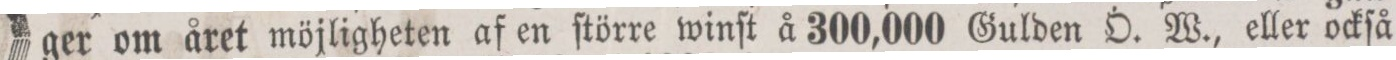
ger om året möjligheten af en ſtörre winſt å 300,000 Gulden Ö. W., eller ockſå